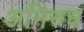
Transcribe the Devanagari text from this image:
अनिरुध